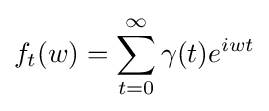
f_{t}(w)=\sum _{t=0}^{\infty }\gamma (t)e^{iwt}